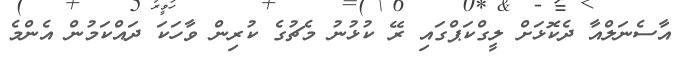
އާސެނަލްއާ ދެކޮޅަށް ލީގްކަޕްގައި ރޭ ކުޅުނު މެޗުގެ ކުރިން ވާހަކަ ދައްކަމުން އެންމެ